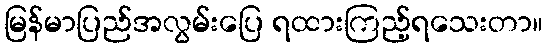
မြန်မာပြည်အလွမ်းပြေ ရထားကြည့်ရသေးတာ။